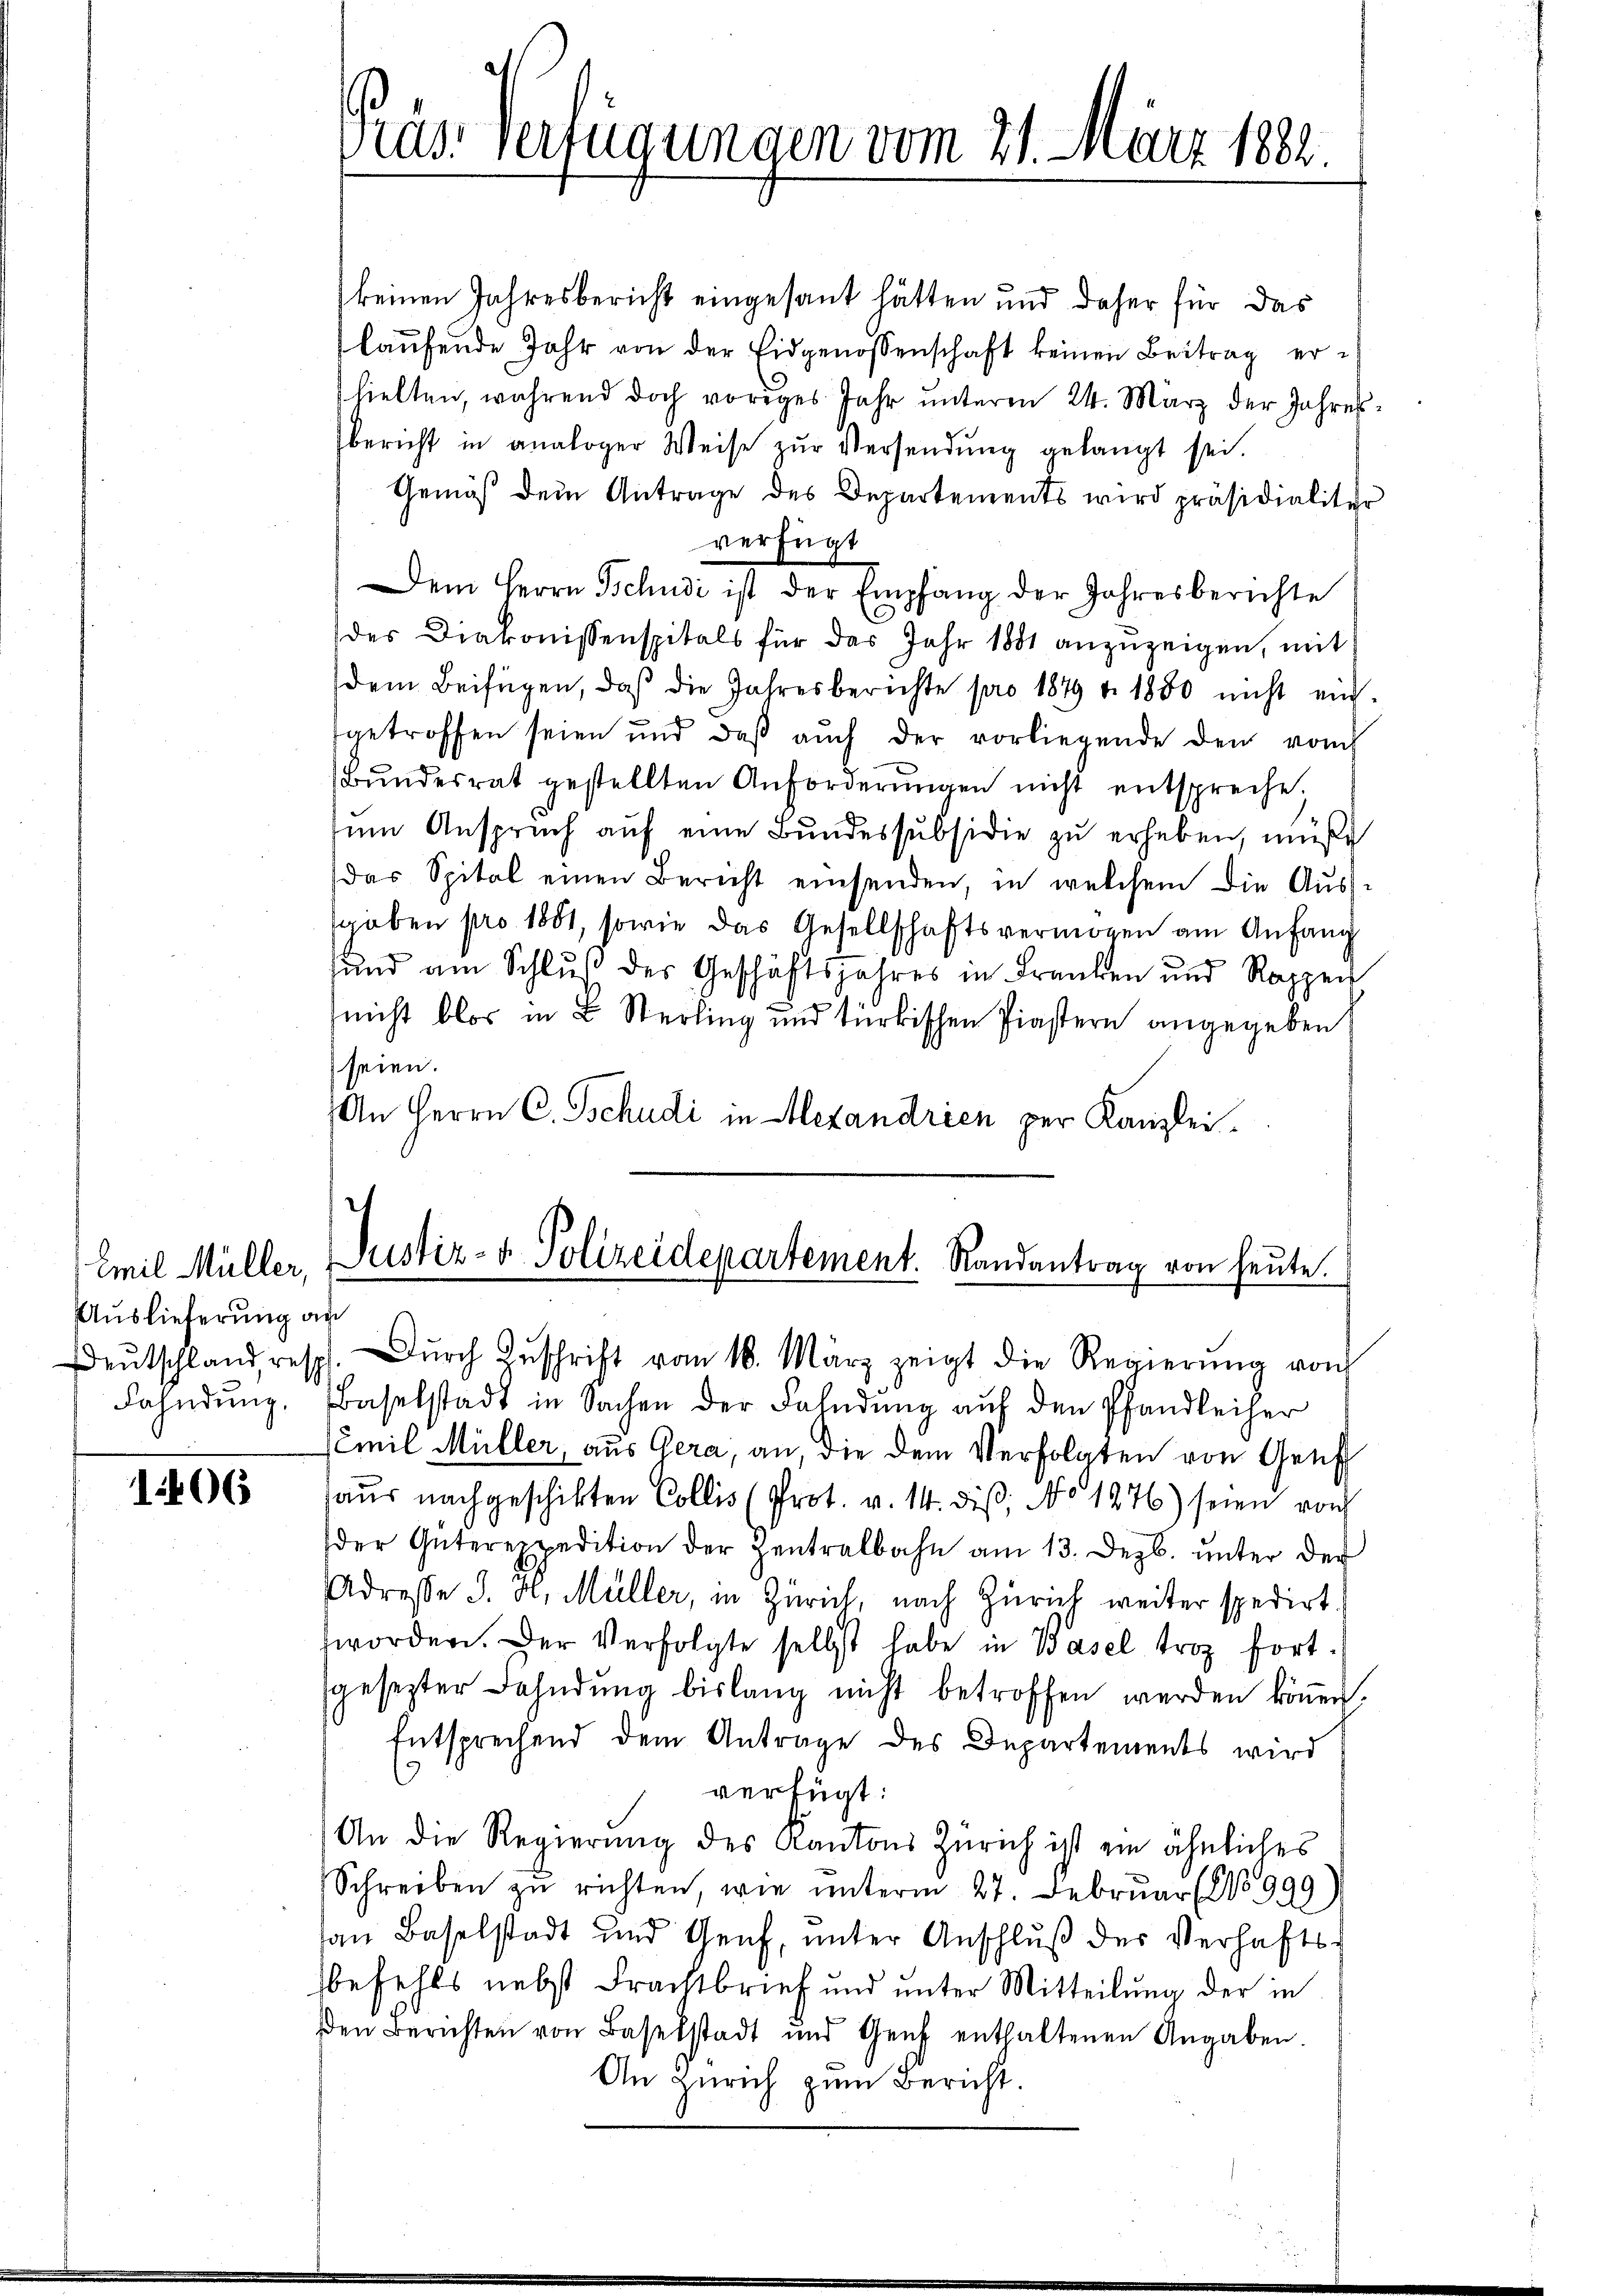
Emil Müller,
Auslieferung an
Fahndung,

106

keinen Jahresbericht eingesant hätten und daher für das
laŭfende Jahr von der Eidgenossenschaft keinen Beitrag erhielten, während doch voriges Jahr unterm 24. März der Jahresbericht in analoger Weise zŭr Versendŭng gelangt sei.
Gemäβ dem Antrage des Departements wird präsidialiter
verfügt
Dem Herrn Tschudi ist der Empfang der Jahresberichte
des Diakonissenspitals für das Jahr 1881 anzuzeigen, mit
(dem Beifügen, daß die Jahresberichte pro 1879 v. 1880 nicht ein-
getroffen seien und daβ aŭch der vorliegende den vom
Bŭndesrat gestellten Anforderŭngen nicht entspreche;
zum Anspruch auf eine Bundessubsidie zu erheben, müße
das Spital einen Bericht einsenden, in welchem die Aŭs-
sgaben pro 1881, sowie das Gesellschaftsvermögen am Anfang
sund am Schluß des Geschäftsjahres in Franken und Rappen
nicht blos in L. Sterling und türkischen Piastern angegeben
seien.
An Herrn C. Schudi in Hexandrien per Kanzlei¬

Gras Verfügungen vom 21. März 1882.

Justiz- & Polizeidepartement. Randantrag von heute.

eŭtschland, resp. Dŭrch Zŭschrift vom 16. März zeigt die Regierŭng von
Baselstadt in Sachen der Fahndung auf den Pfandleiher
(Emil Müller, aus Gera, an, die dem Verfolgten von Genf
haŭs nachgeschikten Collis (Prot. v. 14. diβ, No 1276) seien von
der Güterexpedition der Zentralbahn am 13. Dezb. ŭnter der
Adresse J. H. Müller, in Zürich, nach Zürich weiter spedirt.
worden. Der Verfolgte selbst habe in Basel troz fortsgesezter Bahndung bislang nicht betroffen werden können.
Entsprechend dem Antrage des Departements wird
verfügt:
An die Regierung des Kantons Zürich ist ein ähnliches
Schreiben zŭ richten, wie unterm 27. Februar (1999)
an Baselstadt und Genf, ŭnter Anschlŭβ der Verhafts-
befehls nebst Frachtbrief und unter Mitteilung der in
den Berichten von Baselstadt und Gent enthaltenen Angaben.
An Zürich zum Bericht.